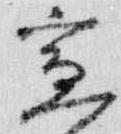
宣